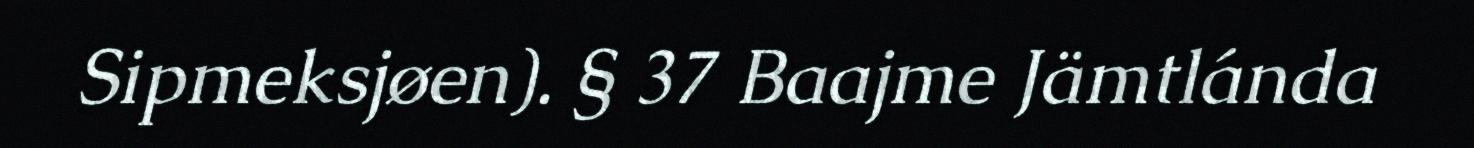
Sipmeksjøen). § 37 Baajme Jämtlánda